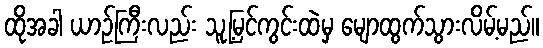
ထိုအခါ ယာဉ်ကြီးလည်း သူ့မြင်ကွင်းထဲမှ မျောထွက်သွားလိမ့်မည်။